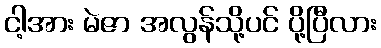
ငါ့အား မဲဇာ အလွန်သို့ပင် ပို့ပြီလား